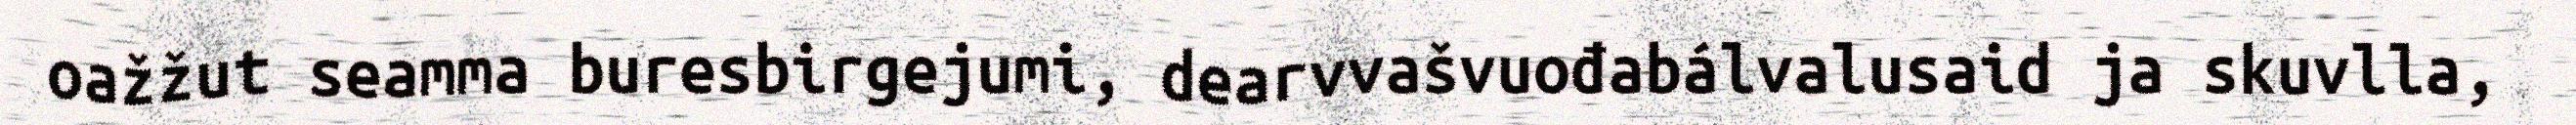
oažžut seamma buresbirgejumi, dearvvašvuođabálvalusaid ja skuvlla,